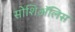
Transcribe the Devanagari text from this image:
सोशिअॅलिस